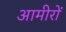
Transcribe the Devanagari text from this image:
आमीरों